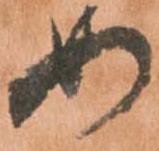
め